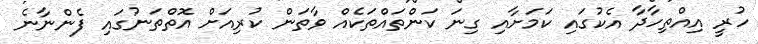
ހުރީ އިއްތިހާދާ އެކުގައި ކަމަށާއި ގިނަ ކަންތައްތަކެއް ވާތަން ކުރިއަށް އޮތްތަނުގައި ފެންނާނެ